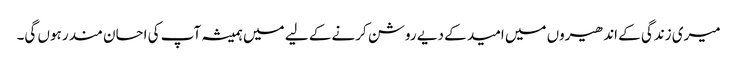
میری زندگی کے اندھیروں میں امید کے دیے روشن کرنے کے لیے میں ہمیشہ آپ کی احسان مند رہوں گی۔